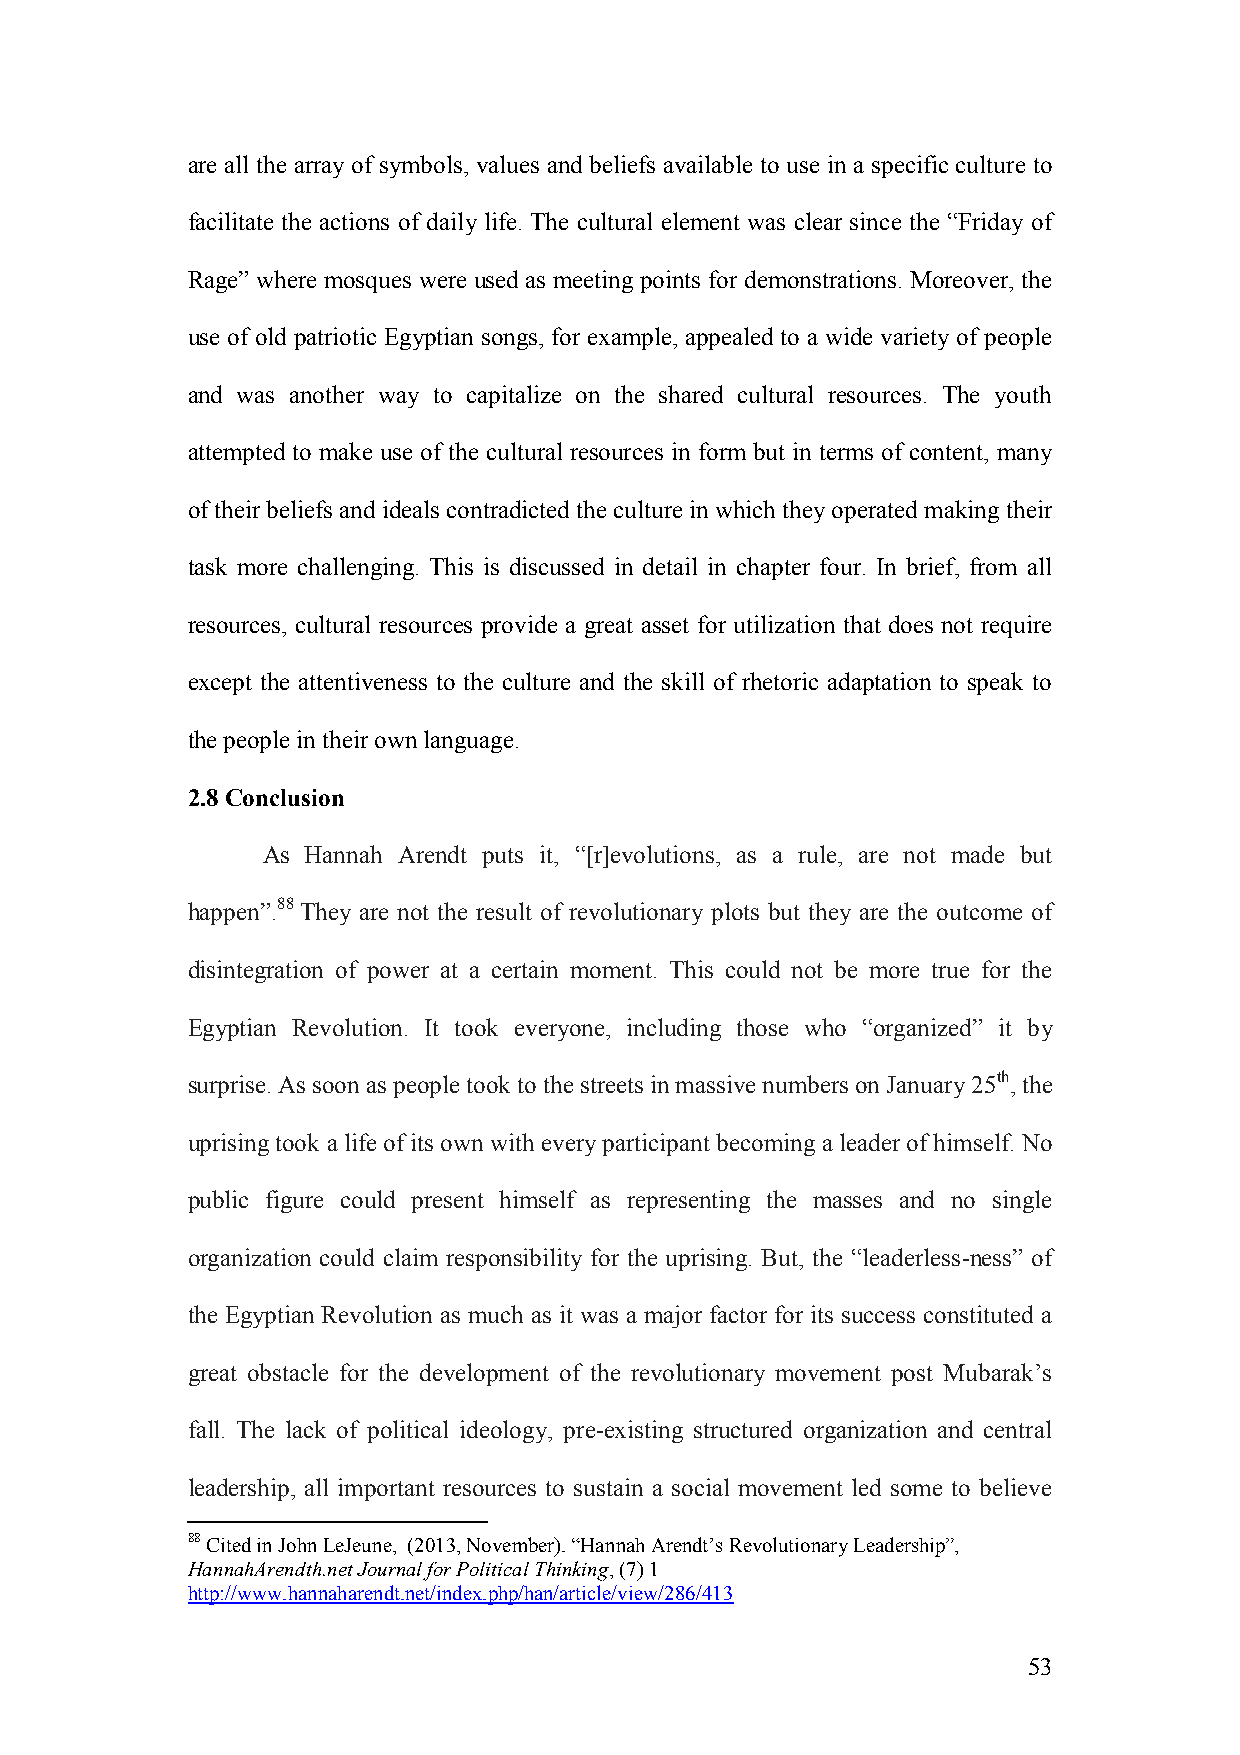
are all the array of symbols, values and beliefs available to use in a specific culture to
 facilitate the actions of daily life. The cultural element was clear since the “Friday of
 Rage” where mosques were used as meeting points for demonstrations. Moreover, the
 use of old patriotic Egyptian songs, for example, appealed to a wide variety of people
 and was another way to capitalize on the shared cultural resources. The youth
 attempted to make use of the cultural resources in form but in terms of content, many
 of their beliefs and ideals contradicted the culture in which they operated making their
 task more challenging. This is discussed in detail in chapter four. In brief, from all
 resources, cultural resources provide a great asset for utilization that does not require
 except the attentiveness to the culture and the skill of rhetoric adaptation to speak to
 the people in their own language.
 2.8 Conclusion
 As Hannah Arendt puts it, “[r]evolutions, as a rule, are not made but
 happen”.88 They are not the result of revolutionary plots but they are the outcome of
 disintegration of power at a certain moment. This could not be more true for the
 Egyptian Revolution. It took everyone, including those who “organized” it by
 surprise. As soon as people took to the streets in massive numbers on January 25th, the
 uprising took a life of its own with every participant becoming a leader of himself. No
 public figure could present himself as representing the masses and no single
 organization could claim responsibility for the uprising. But, the “leaderless-ness” of
 the Egyptian Revolution as much as it was a major factor for its success constituted a
 great obstacle for the development of the revolutionary movement post Mubarak’s
 fall. The lack of political ideology, pre-existing structured organization and central
 leadership, all important resources to sustain a social movement led some to believe
 88 Cited in John LeJeune, (2013, November). “Hannah Arendt’s Revolutionary Leadership”,
 HannahArendth.net Journal for Political Thinking, (7) 1
 http://www.hannaharendt.net/index.php/han/article/view/286/413
 53